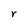
Character: r